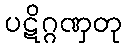
ပဋိဂ္ဂဏှတု